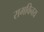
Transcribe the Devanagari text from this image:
रामविनय